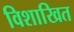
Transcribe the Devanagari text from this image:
विशाखित